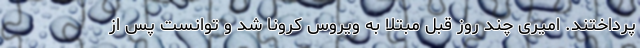
پرداختند. امیری چند روز قبل مبتلا به ویروس کرونا شد و توانست پس از